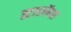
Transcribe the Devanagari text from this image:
स्टारबॅक्स